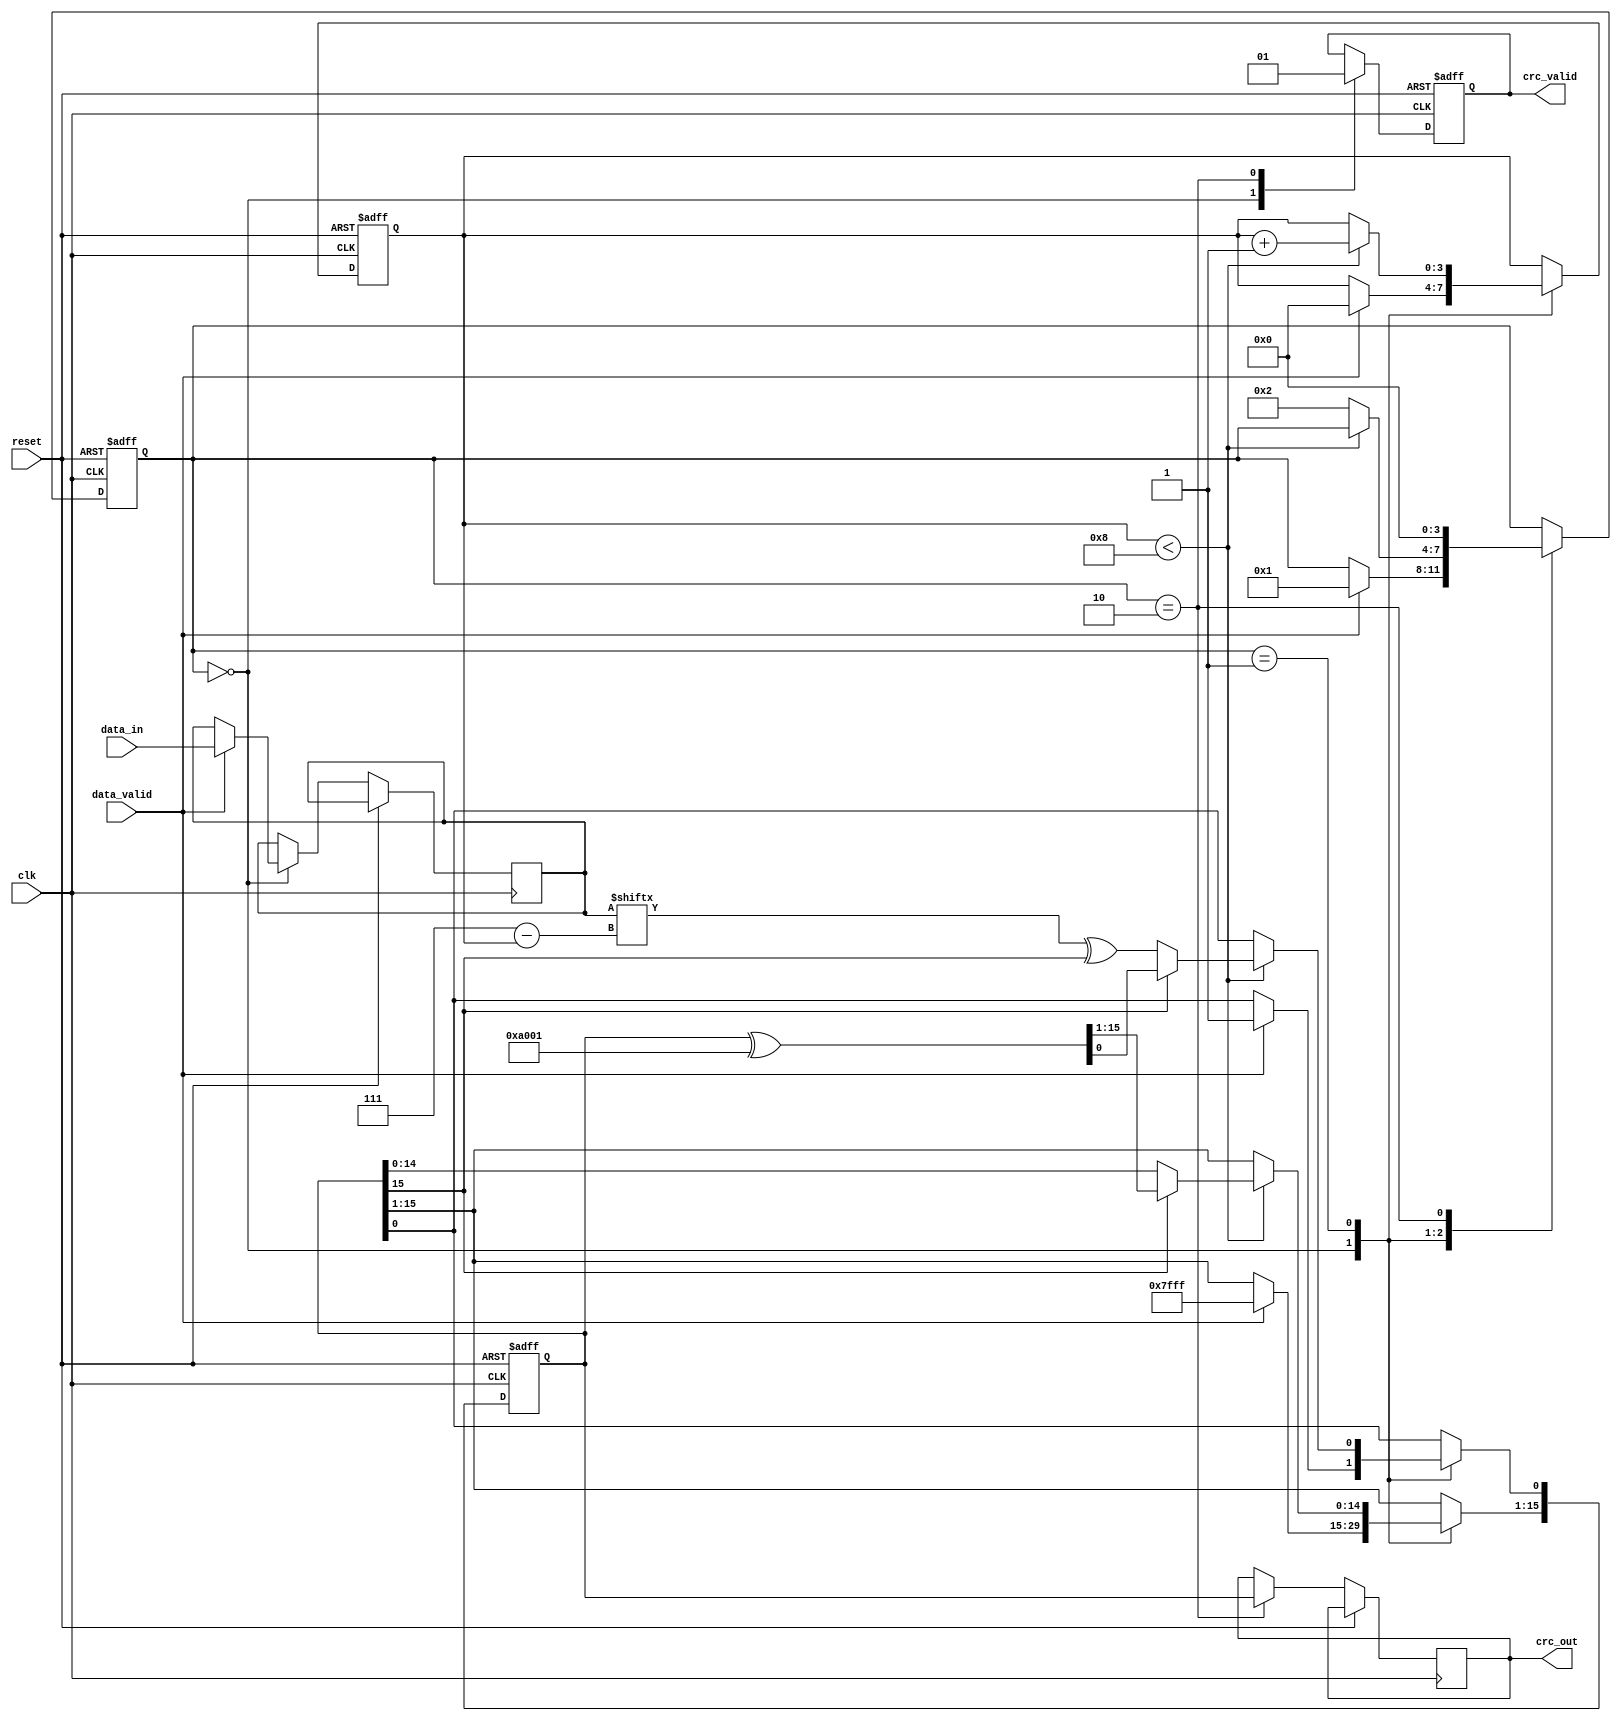
module parameterized_crc #(
    parameter CRC_WIDTH = 16,           // Width of the CRC
    parameter POLYNOMIAL = 16'hA001,    // CRC polynomial (example: CRC-16)
    parameter INIT_VALUE = 16'hFFFF,     // Initial value of the CRC register
    parameter INPUT_WIDTH = 8            // Width of input data
)(
    input wire [INPUT_WIDTH-1:0] data_in, // Input data
    input wire data_valid,                  // Signal indicating valid data
    input wire reset,                       // Asynchronous reset
    input wire clk,                         // Clock signal
    output reg [CRC_WIDTH-1:0] crc_out,    // Output CRC value
    output reg crc_valid                    // Signal indicating output CRC validity
);

    // Internal registers
    reg [CRC_WIDTH-1:0] crc_reg;
    reg [3:0] state; // State for FSM
    reg [INPUT_WIDTH-1:0] data_buffer; // Buffer for holding data
    reg [3:0] bit_index; // Bit index for processing data

    // State definitions
    localparam IDLE = 0;
    localparam COMPUTE = 1;
    localparam OUTPUT = 2;

    // Sequential logic for CRC computation
    always @(posedge clk or posedge reset) begin
        if (reset) begin
            crc_reg <= INIT_VALUE;
            crc_valid <= 0;
            state <= IDLE;
            bit_index <= 0;
        end else begin
            case (state)
                IDLE: begin
                    crc_valid <= 0;
                    if (data_valid) begin
                        data_buffer <= data_in;
                        crc_reg <= INIT_VALUE; // Initialize CRC register
                        bit_index <= 0;
                        state <= COMPUTE;
                    end
                end

                COMPUTE: begin
                    if (bit_index < INPUT_WIDTH) begin
                        // Compute CRC bit by bit
                        crc_reg[CRC_WIDTH-1:1] <= crc_reg[CRC_WIDTH-2:0]; // Shift left
                        crc_reg[0] <= data_buffer[INPUT_WIDTH-1-bit_index] ^ crc_reg[CRC_WIDTH-1]; // XOR with incoming bit

                        // Perform polynomial division
                        if (crc_reg[CRC_WIDTH-1] == 1'b1) begin
                            crc_reg <= crc_reg ^ POLYNOMIAL; // XOR with polynomial
                        end
                        bit_index <= bit_index + 1;
                    end else begin
                        state <= OUTPUT; // Move to OUTPUT state after processing all bits
                    end
                end

                OUTPUT: begin
                    crc_out <= crc_reg; // Set output CRC
                    crc_valid <= 1;     // Indicate output is valid
                    state <= IDLE;      // Return to IDLE state
                end
            endcase
        end
    end
endmodule